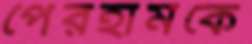
পেরহামকে